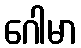
ဂေါမာ